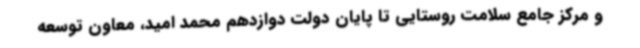
و مرکز جامع سلامت روستایی تا پایان دولت دوازدهم محمد امید، معاون توسعه